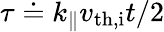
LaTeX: \tau\doteq k_{\parallel}v_{\mathrm{th,i}}t/2